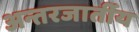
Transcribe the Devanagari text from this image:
अन्तरजार्तीय